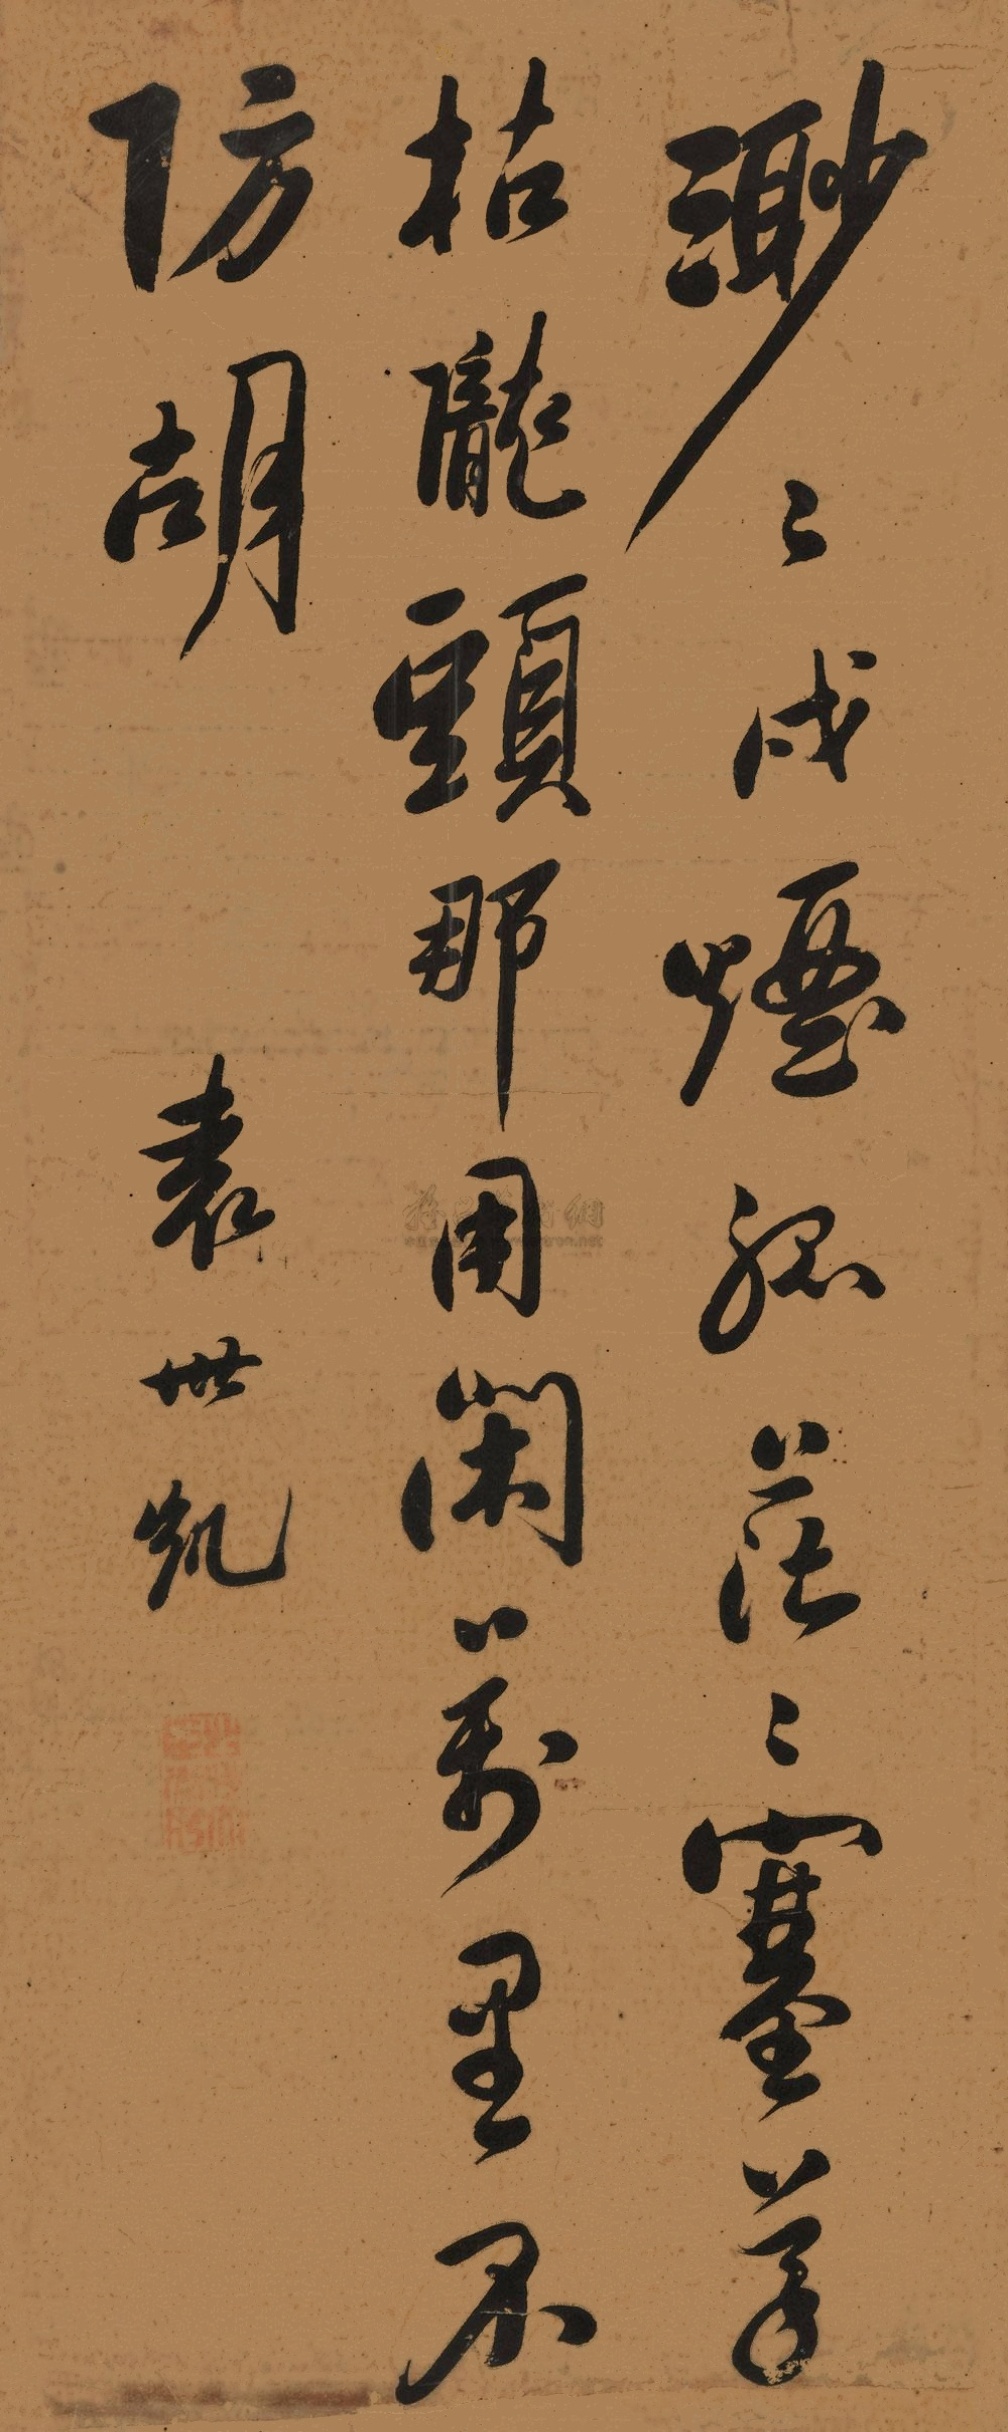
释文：渺渺戍烟孤茫茫塞草枯陇头那用闲万里不防胡袁世凯